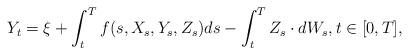
LaTeX: \begin{align*} Y_t = \xi + \int_t^T f(s,X_s,Y_s,Z_s) ds - \int_t^T Z_s \cdot dW_s,t \in [0,T], \end{align*}